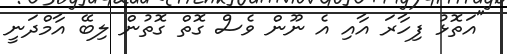
"އަތޮޅު ފިހާރަ އާއި އެ ނޫން ވެސް ގޮތް ގޮތުން ލިބޭ އާމްދަނީ